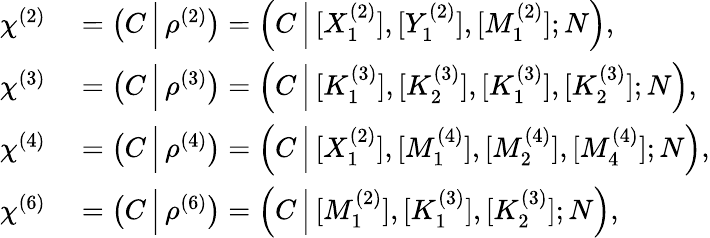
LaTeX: \begin{array}{rl}{\chi^{(2)}}&{{}=\left(C\, \Big|\, \rho^{(2)}\right)=\left(C\, \Big|\, [X_{1}^{(2)}],[Y_{1}^{(2)}],[M_{1}^{(2)}];N\right),}\\ {\chi^{(3)}}&{{}=\left(C\, \Big|\, \rho^{(3)}\right)=\left(C\, \Big|\, [K_{1}^{(3)}],[K_{2}^{(3)}],[K_{1}^{(3)}],[K_{2}^{(3)}];N\right),}\\ {\chi^{(4)}}&{{}=\left(C\, \Big|\, \rho^{(4)}\right)=\left(C\, \Big|\, [X_{1}^{(2)}],[M_{1}^{(4)}],[M_{2}^{(4)}],[M_{4}^{(4)}];N\right),}\\ {\chi^{(6)}}&{{}=\left(C\, \Big|\, \rho^{(6)}\right)=\left(C\, \Big|\, [M_{1}^{(2)}],[K_{1}^{(3)}],[K_{2}^{(3)}];N\right),}\end{array}